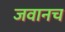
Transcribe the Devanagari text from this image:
जवानच